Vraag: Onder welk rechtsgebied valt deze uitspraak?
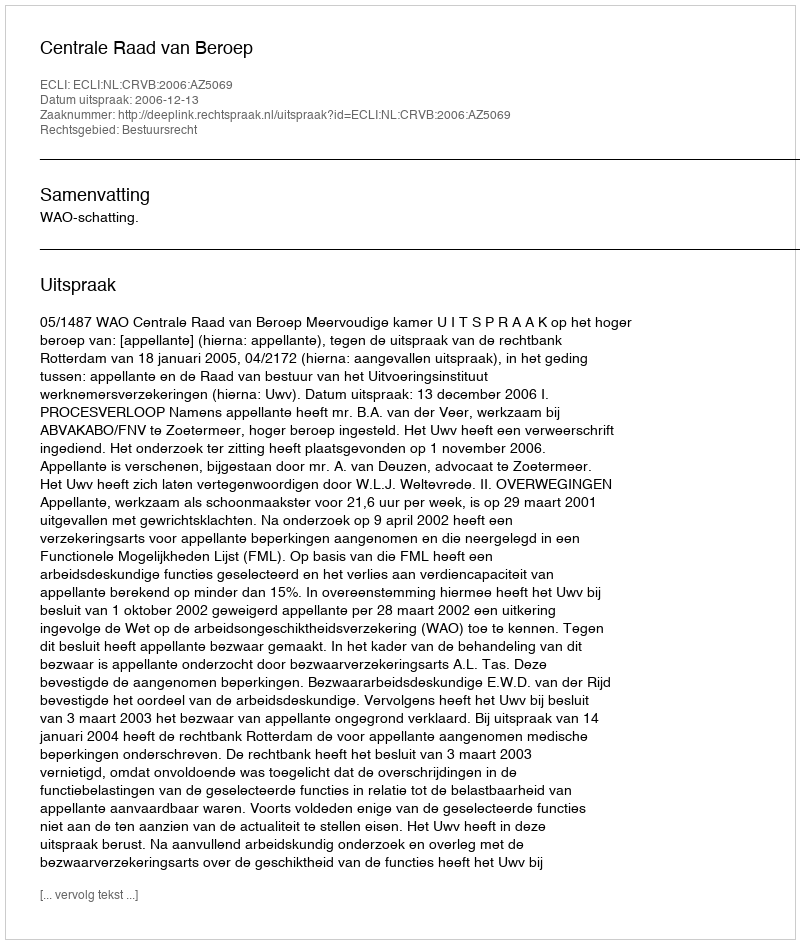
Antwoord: Bestuursrecht